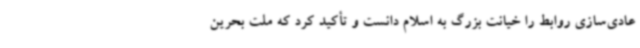
عادی‌سازی روابط را خیانت بزرگ به اسلام دانست و تأکید کرد که ملت بحرین